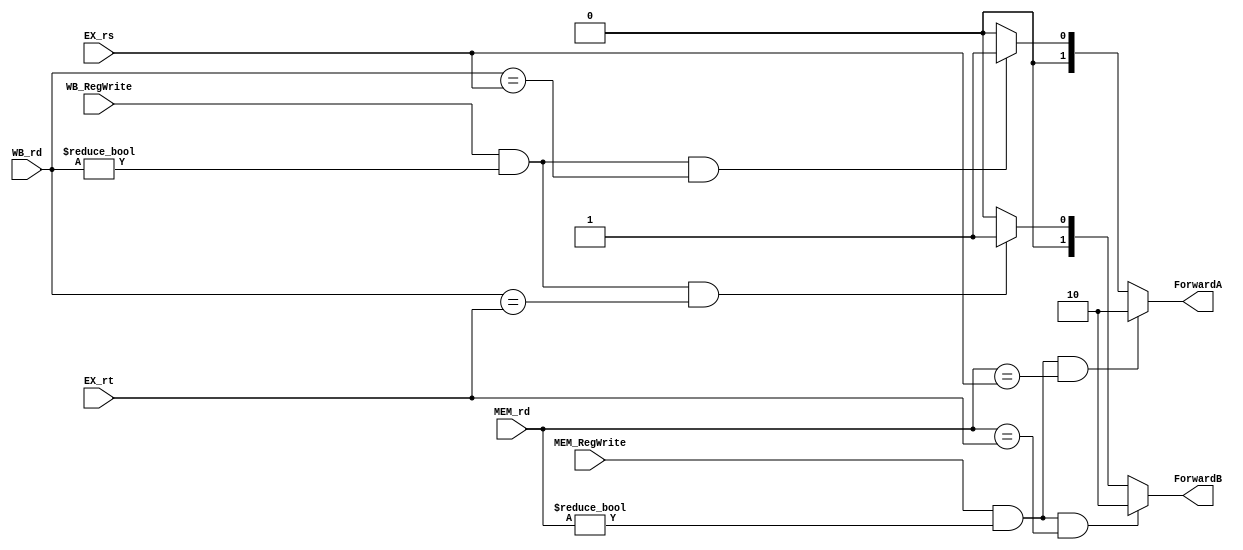
module fu(EX_rs, EX_rt, MEM_RegWrite, MEM_rd, WB_RegWrite, WB_rd, ForwardA, ForwardB);
	input		[4:0]	EX_rs;
	input		[4:0]	EX_rt;
	input				MEM_RegWrite;
	input		[4:0]	MEM_rd;
	input				WB_RegWrite;
	input		[4:0]	WB_rd;

	output	reg	[1:0]	ForwardA;
	output	reg	[1:0]	ForwardB;

	always @(*) begin
		if (MEM_RegWrite && MEM_rd != 0 && MEM_rd == EX_rs) begin
			ForwardA <= 2'b10;
		end
		else if (WB_RegWrite && WB_rd != 0 && WB_rd == EX_rs) begin
			ForwardA <= 2'b01;
		end
		else begin
			ForwardA <= 2'b00;
		end

		if (MEM_RegWrite && MEM_rd != 0 && MEM_rd == EX_rt) begin
			ForwardB <= 2'b10;
		end
		else if (WB_RegWrite && WB_rd != 0 && WB_rd == EX_rt) begin
			ForwardB <= 2'b01;
		end
		else begin
			ForwardB <= 2'b00;
		end
	end
	
endmodule